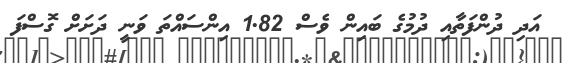
އަދި ދުންފަތާއި ދުމުގެ ބައިން ވެސް 1.82 އިންސައްތަ ވަނީ ދަށަށް ގޮސްފަ